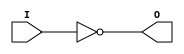
module X_INV (O, I);

  output O;
  input I;

  not (O, I);

  specify

	(I => O) = (0:0:0, 0:0:0);
	specparam PATHPULSE$ = 0;

  endspecify

endmodule